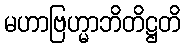
မဟာဗြဟ္မာဘိတိဋ္ဌတိ